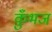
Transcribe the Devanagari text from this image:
कुँभज